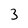
Character: 3